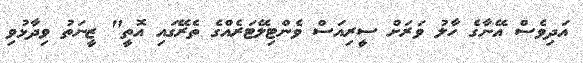
އަދިވެސް އޭނާގެ ހާލު ވަރަށް ސީރިއަސް ވެންޓިލޭޓަރެއްގެ ތެރޭގައި އޮތީ" ޒީނަތު ވިދާޅުވި